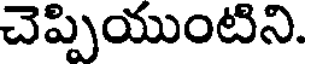
చెప్పియుంటిని.